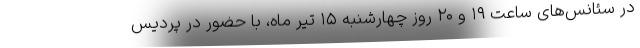
در سئانس‌های ساعت ۱۹ و ۲۰ روز چهارشنبه ۱۵ تیر ماه، با حضور در پردیس